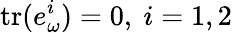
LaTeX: \mathrm{tr}(e_{\omega}^{i})=0,\ i=1,2